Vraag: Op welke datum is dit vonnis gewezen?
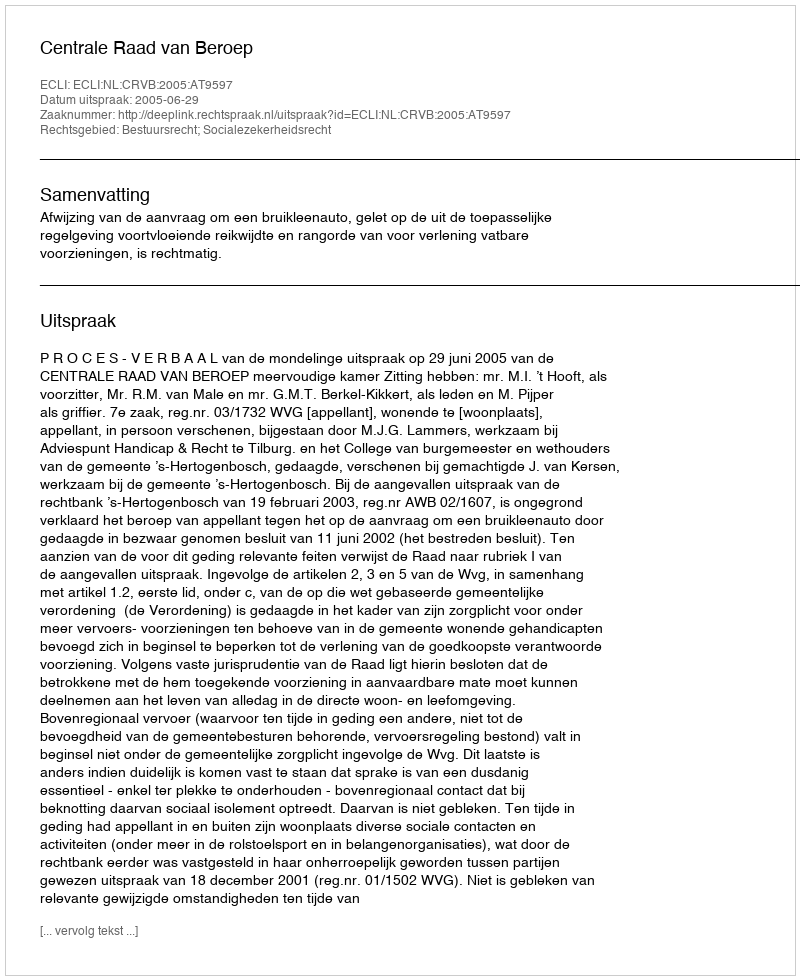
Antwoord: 2005-06-29